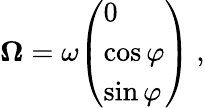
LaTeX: {\boldsymbol{\Omega}}=\omega{\left(\begin{array}{l}{0}\\ {\cos\varphi}\\ {\sin\varphi}\end{array}\right)}\ ,